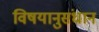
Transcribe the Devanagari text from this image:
विषयानुसंधान